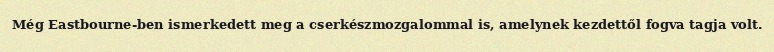
Még Eastbourne-ben ismerkedett meg a cserkészmozgalommal is, amelynek kezdettől fogva tagja volt.